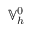
\mathbb { V } _ { h } ^ { 0 }